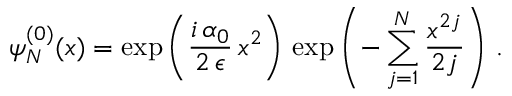
\psi _ { N } ^ { ( 0 ) } ( x ) = \exp \left( \frac { i \, \alpha _ { 0 } } { 2 \, \epsilon } \, x ^ { 2 } \right) \, \exp \left( - \sum _ { j = 1 } ^ { N } \frac { x ^ { 2 j } } { 2 j } \right) \, .